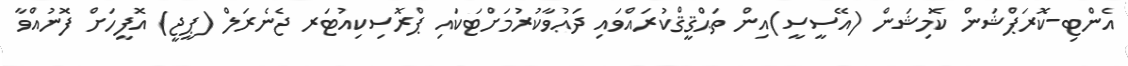
އެންޓި-ކޮރަޕްޝަން ކޮމިޝަން (އޭސީސީ)އިން ތަޙްޤީޤްކުރައްވައި ދަޢުވާކުރުމަށްޓަކައި ޕްރޮސިކިއުޓަރ ޖެނެރަލް (ޕީޖީ) އޮފީހަށް ފޮނުއްވާ